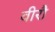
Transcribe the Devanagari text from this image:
वीरौ